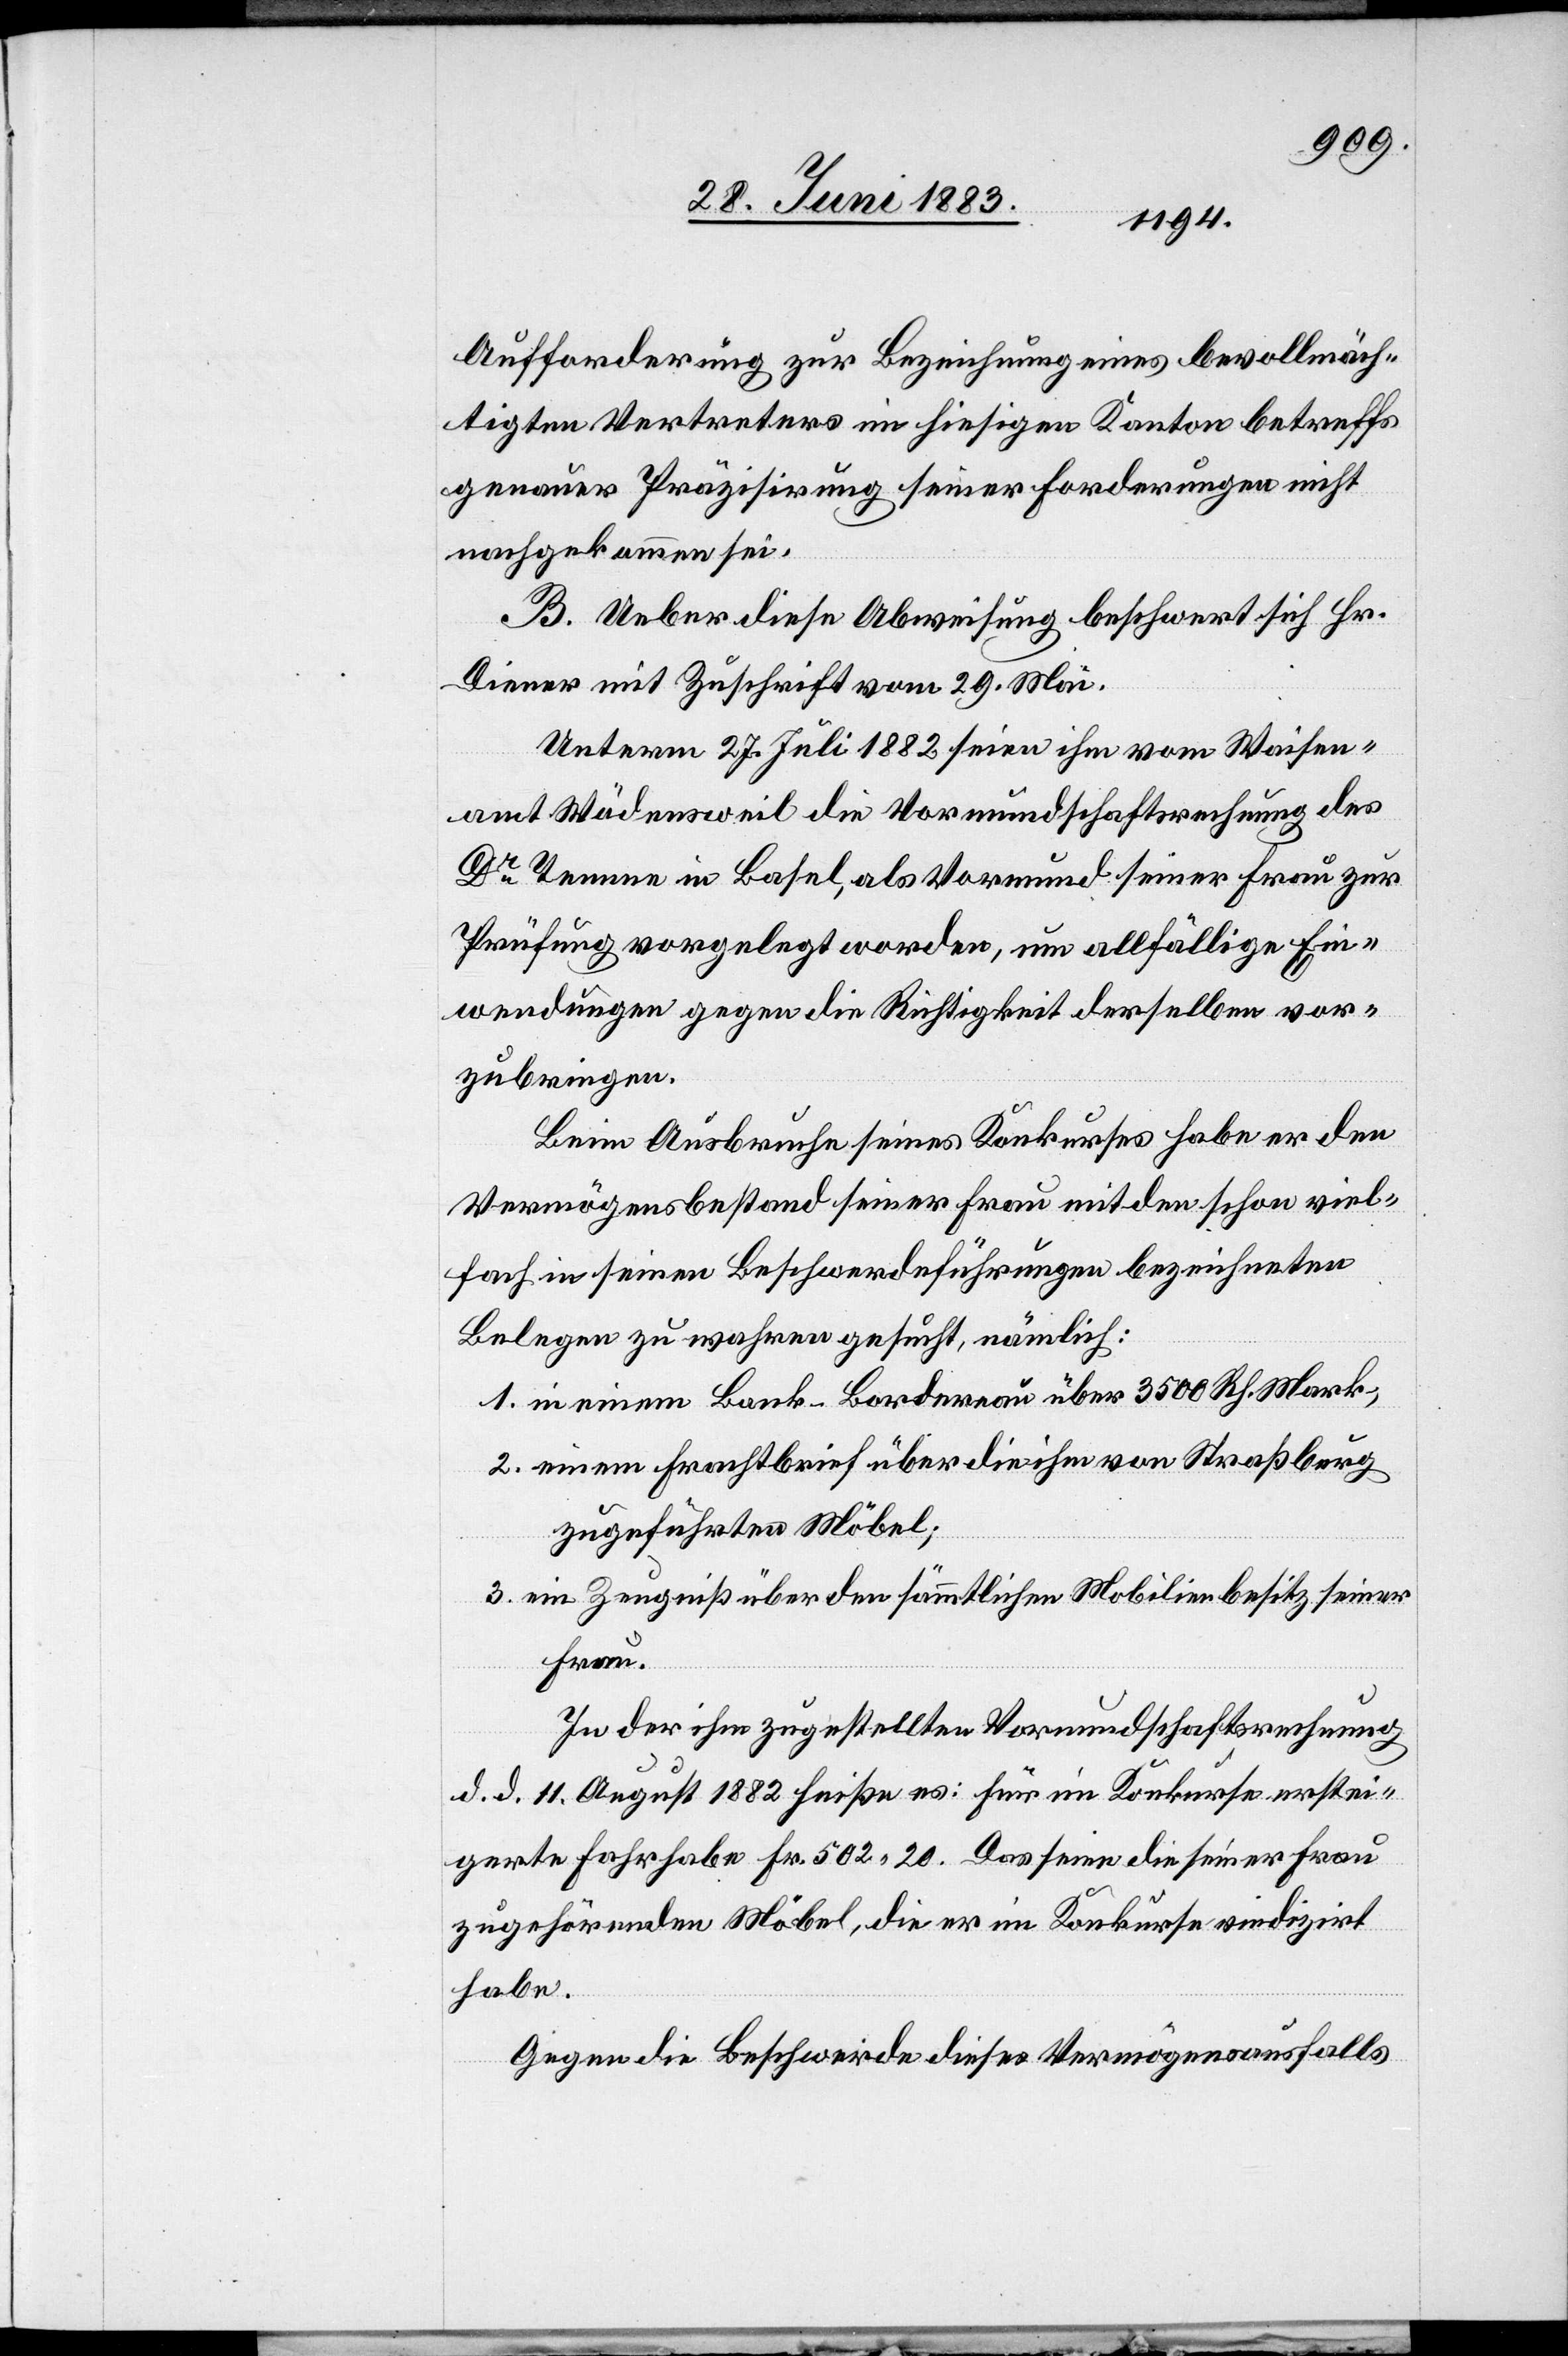
Aufforderung zur Bezeichnung eines bevollmäch¬
tigten Vertreters im hiesigen Kanton betreffs
genauer Präzisirung seiner Forderungen nicht
nachgekommen sei.
B. Ueber diese Abweisung beschwert sich Hr.
Diener mit Zuschrift vom 29. Mai.
Unterm 27. Juli 1882 seine ihm vom Waisen¬
amt Wädensweil die Vormundschaftsrechnung des
Dr Temme in Basel, als Vormund seiner Frau zur
Prüfung vorgelegt worden, um allfällige Ein¬
wendungen gegen die Richtigkeit derselben vor¬
zubringen.
Beim Ausbruche seines Konkurses habe er den
Vermögensbestand seiner Frau mit den schon viel¬
fach in seinen Beschwerdeführungen bezeichneten
Belegen zu wahren gesucht, nämlich:
1. in einem Bank-Bordereau über 3500 Rh. Mar;
2. einem Frachtbrief über die ihm von Straßburg
zugeführten Möbel;
3. ein Zeugniß über den sämmtlichen Mobilienbesitz seiner
Frau.
In der Ihm zugestellten Vormundschaftsrechnung
d. d.11. August 1882 heiße es: Für im Konkurse erstei¬
gerte Fahrhabe Fr. 502 20. Das seien die seiner Frau
zugehörenden Möbel, die er im Konkurse vindizirt
habe.
Gegen die Beschwerde dieses Vermögensausfalls